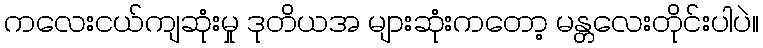
ကလေးငယ်ကျဆုံးမှု ဒုတိယအ များဆုံးကတော့ မန္တလေးတိုင်းပါပဲ။